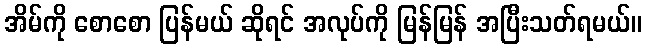
အိမ်ကို စောစော ပြန်မယ် ဆိုရင် အလုပ်ကို မြန်မြန် အပြီးသတ်ရမယ်။